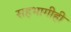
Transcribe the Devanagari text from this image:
सहभागीही